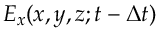
E _ { x } ( x , y , z ; t - \Delta t )